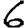
Digit: 6